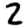
Digit: 2